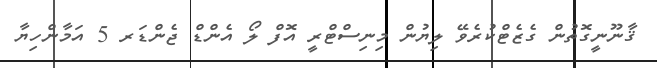
ޤާނޫނީގޮތުން ގެޒެޓްކުރެވޭ ލިޔުން މިނިސްޓްރީ އޮފް ލޯ އެންޑް ޖެންޑަރ 5 އަމާންހިޔާ